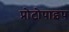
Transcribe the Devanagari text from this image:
प्रोटोपाइप